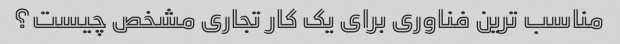
مناسب ترین فناوری برای یک کار تجاری مشخص چیست؟